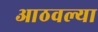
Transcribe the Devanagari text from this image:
आठवल्या